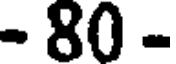
- 80 -